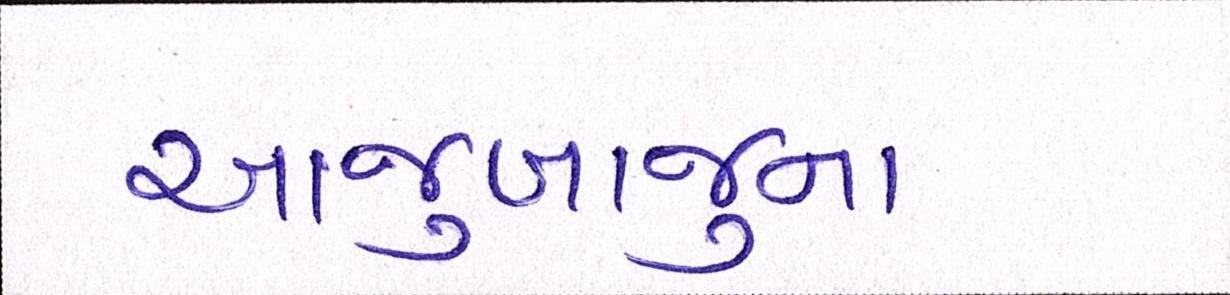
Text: આજુબાજુના